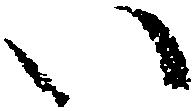
い